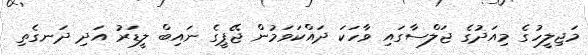
މަޖިލީހުގެ މިއަދުގެ ޖަލްސާގައި ވާހަކަ ދައްކަވަމުން ޖޭޕީގެ ނައިބް ލީޑަރު އަދި ދަނގެތި